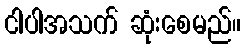
ငါပါအသက် ဆုံးစေမည်။